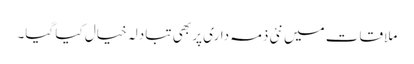
ملاقات میں نئی ذمہ داری پر بھی تبادلہ خیال کیا گیا۔